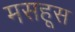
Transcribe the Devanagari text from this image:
मसहूस